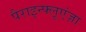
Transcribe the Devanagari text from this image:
पैराइन्फ्लूएंज़ा